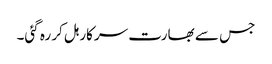
جس سے بھارت سرکار ہل کر رہ گئی۔